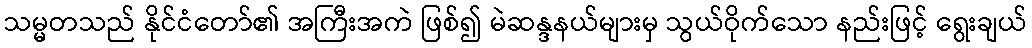
သမ္မတသည် နိုင်ငံတော်၏ အကြီးအကဲ ဖြစ်၍ မဲဆန္ဒနယ်များမှ သွယ်ဝိုက်သော နည်းဖြင့် ရွေးချယ်